Report on certain features of malaria in the island of Salsette
Disease focus: Malaria
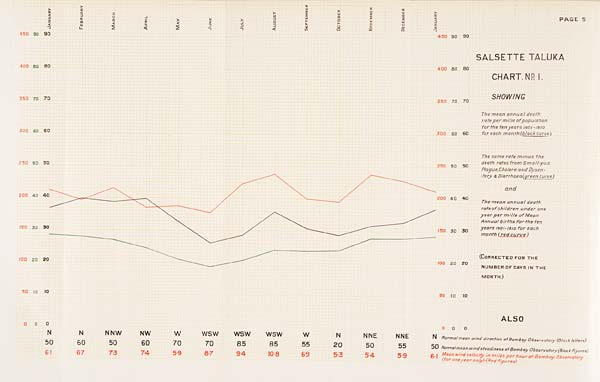
SALSETTE TALUKA
CHART. No. I.
SHOWING
The mean annual death
rate per mille of population
for the ten years 1901-1910
for each month (black curve)
The same rafe minus the
death rates from Small-pox
Plague, Cholera and Dysentery
tery & Diarrhoea (green curve)
and
The mean annual death
rate of children under one
year per mille of Mean
Annual births for the ten
years 1901-1910 for each
month (red curve)
(CORRECTED FOR THE
NUMBER OF DAYS IN THE
MONTH)
ALSO
Normal mean wind direction at Bombay Observatory (Black letters)
Normal mean wind steadiness at Bombay Observatory (Black figures)
Mean wind velocity in miles per hour at Bombay Observatory
(for one year only)-(Red figures)